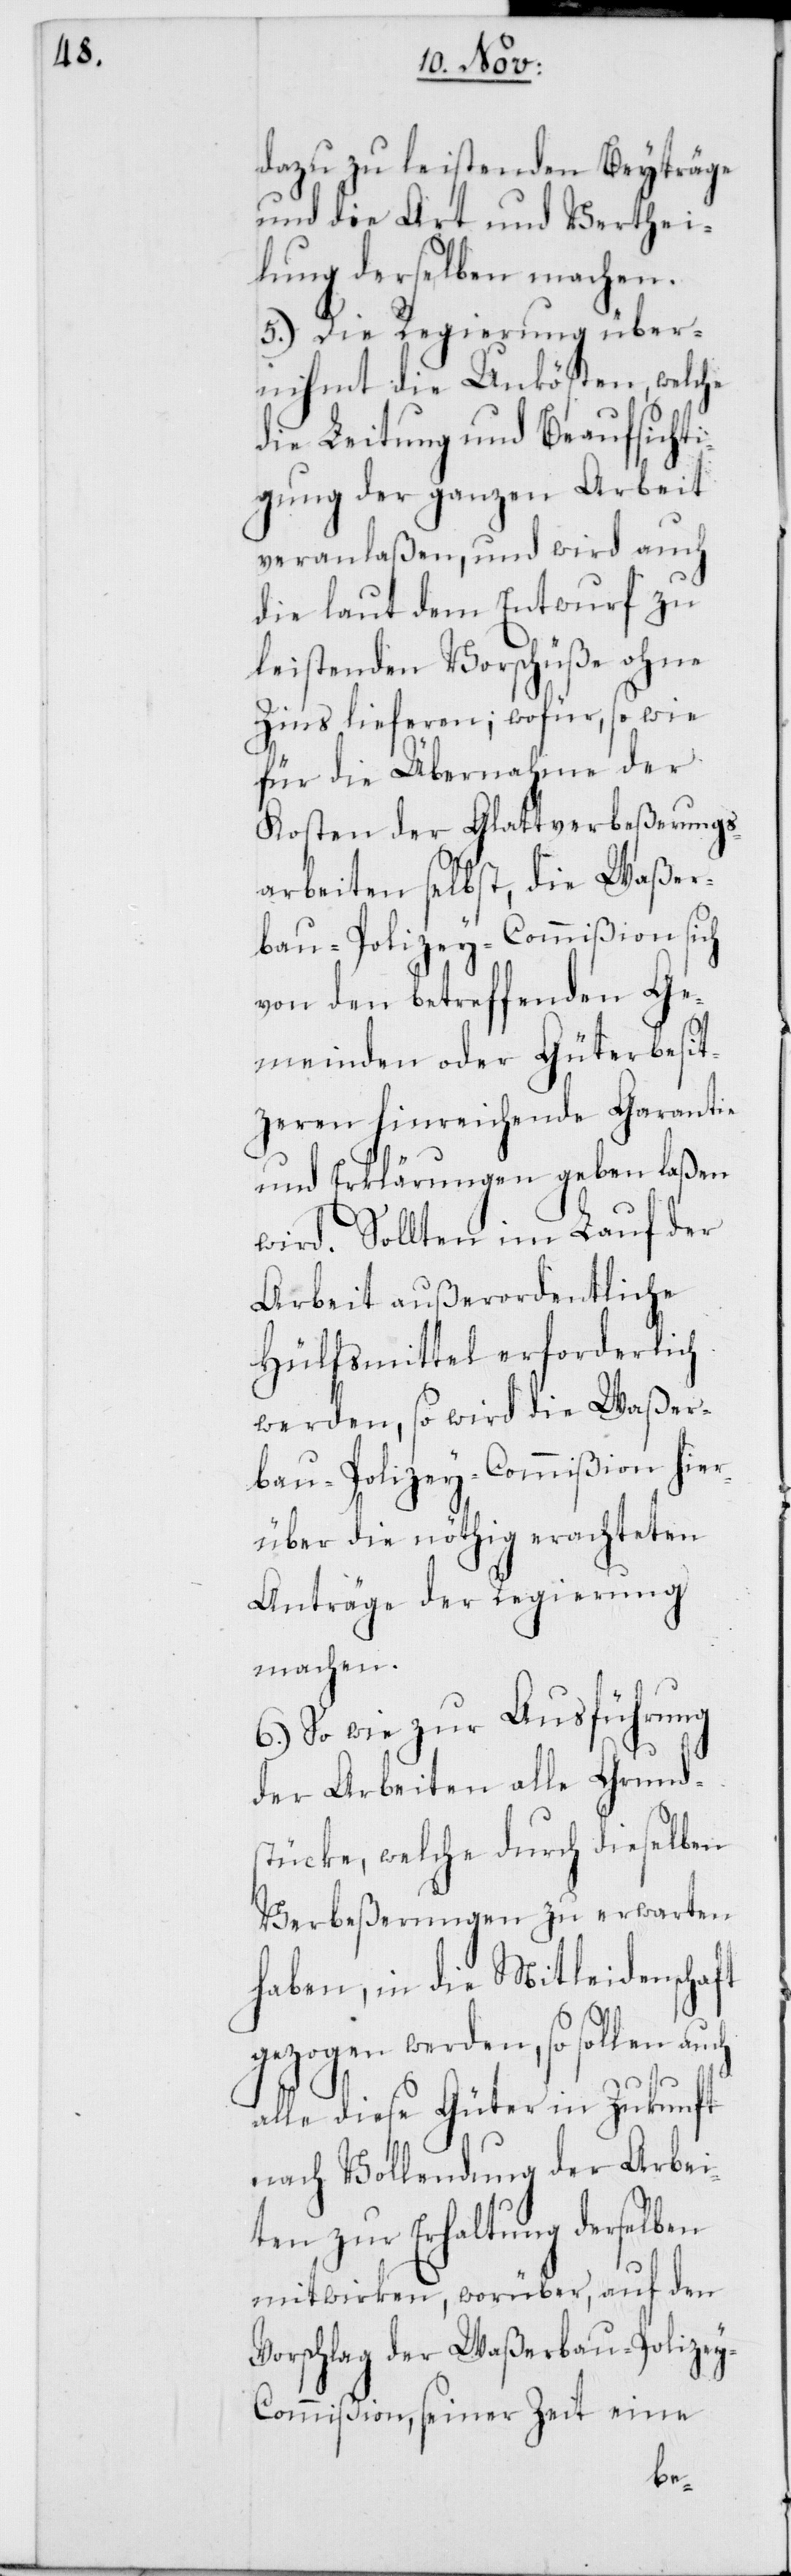
dazu zu leistenden Beyträge
und die Art und Verthei¬
lung derselben machen.
5.) Die Regierung über¬
nimmt die Unkösten, welche
die Leitung und Beaufsicht¬
igung der ganzen Arbeit
veranlaßen, und wird auch
die laut dem Entwurf zu
leistenden Vorschüße ohne
Zins lieferen; wofür, so wie
für die Übernahme der
Kosten der Glattverbeßerungs¬
arbeiten selbst, die Waßer¬
bau-Polizey-Commißion sich
von den betreffenden Ge¬
meinden oder Güterbesit¬
zeren hinreichende Garantie
und Erklärungen geben laßen
wird. Sollten im Laufe der
Arbeit außerordentliche
Hülfsmittel erforderlich
werden, so wird die Waßer¬
bau-Polizey-Commißion hier¬
über die nöthig erachteten
Anträge der Regierung
machen.
6.) So wie zur Ausführung
der Arbeiten alle Grund¬
stücke, welche durch dieselben
Verbeßerungen zu erwarten
haben, in die Mitleidenschaft
gezogen werden, so sollen auch
alle diese Güter in Zukunft
nach Vollendung der Arbei¬
ten zur Erhaltung derselben
mitwirken, worüber, auf den
Vorschlag der Waßerbau-Polize¬
y-Commißion, seiner Zeit eine